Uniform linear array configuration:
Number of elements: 16
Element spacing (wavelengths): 1
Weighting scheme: uniform
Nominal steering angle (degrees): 60
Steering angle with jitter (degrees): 60.423
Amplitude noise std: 0.05
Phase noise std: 0.05

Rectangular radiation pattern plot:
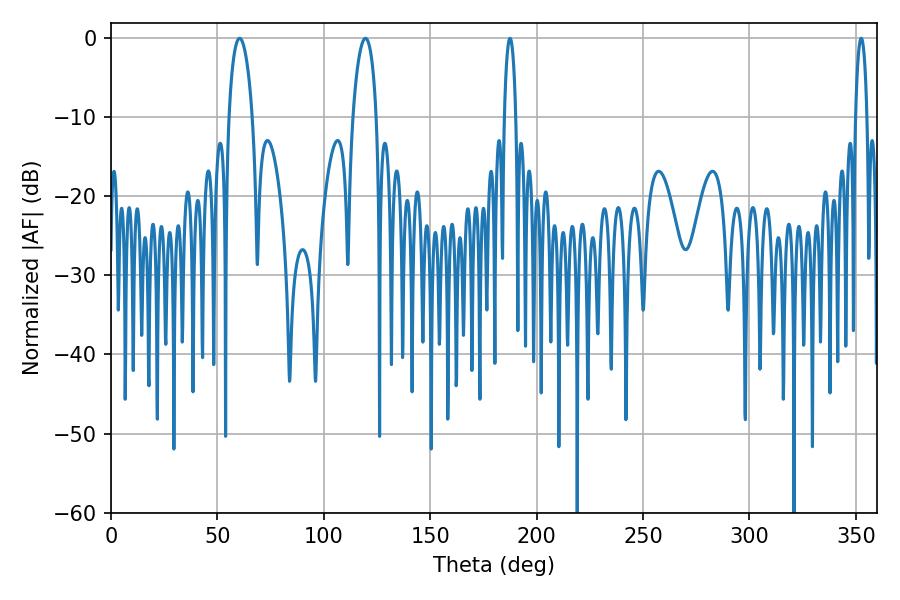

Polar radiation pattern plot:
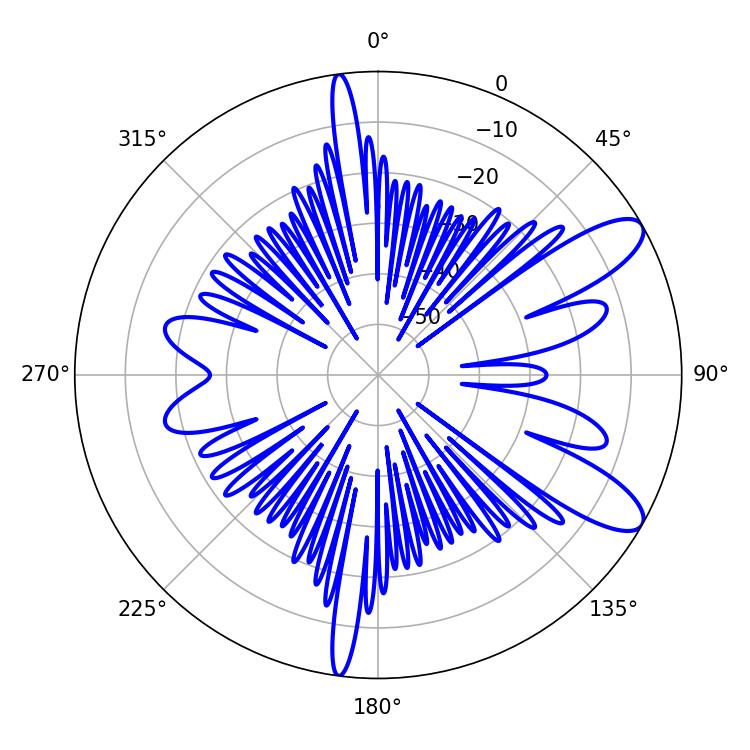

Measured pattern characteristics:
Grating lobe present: TRUE
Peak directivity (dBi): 10.153
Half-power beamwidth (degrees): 6.3
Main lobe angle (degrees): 60.48